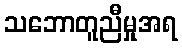
သဘောတူညီမှုအရ